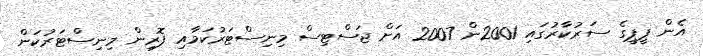
އެން ޕީޕީގެ ސަރުކާރުގައި 2001ން 2007 އަށް ޖަސްޓިސް މިނިސްޓަރުކަމާއި ފޮރިން މިނިސްޓަރުކަން